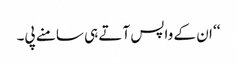
‘‘ ان کے واپس آتے ہی سامنے پی۔